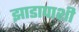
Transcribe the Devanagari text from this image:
झाडापाशी